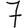
Digit: 7